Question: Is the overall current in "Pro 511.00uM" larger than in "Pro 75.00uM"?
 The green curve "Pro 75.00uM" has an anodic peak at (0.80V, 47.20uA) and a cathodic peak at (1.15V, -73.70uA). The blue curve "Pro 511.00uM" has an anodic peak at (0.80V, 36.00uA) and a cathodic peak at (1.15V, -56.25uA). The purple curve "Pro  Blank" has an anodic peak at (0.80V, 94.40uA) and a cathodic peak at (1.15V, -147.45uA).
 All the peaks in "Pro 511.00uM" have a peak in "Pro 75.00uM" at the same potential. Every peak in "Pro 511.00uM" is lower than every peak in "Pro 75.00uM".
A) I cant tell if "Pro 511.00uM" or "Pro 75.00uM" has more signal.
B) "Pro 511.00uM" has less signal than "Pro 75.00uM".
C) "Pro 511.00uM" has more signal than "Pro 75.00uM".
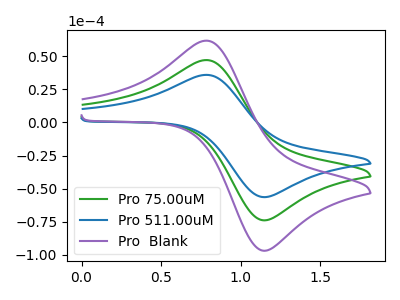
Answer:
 <answer>B) "Pro 511.00uM" has less signal than "Pro 75.00uM".</answer>
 <eval>B</eval>